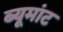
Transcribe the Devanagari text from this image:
ब्यूमांट